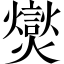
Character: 爕